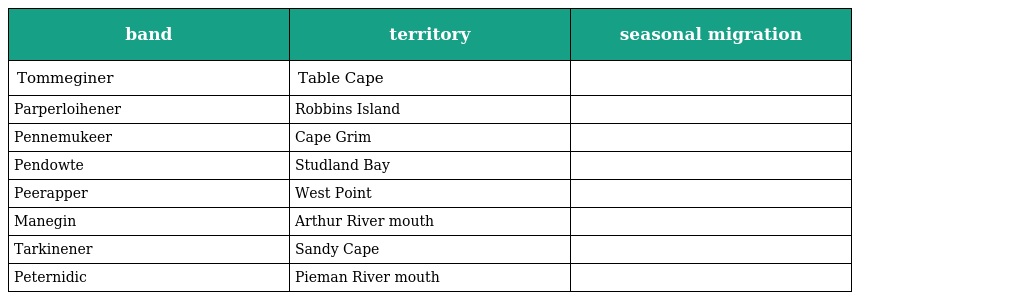
| band | territory | seasonal migration |
 | --- | --- | --- |
 | Tommeginer | Table Cape |  |
 | Parperloihener | Robbins Island |  |
 | Pennemukeer | Cape Grim |  |
 | Pendowte | Studland Bay |  |
 | Peerapper | West Point |  |
 | Manegin | Arthur River mouth |  |
 | Tarkinener | Sandy Cape |  |
 | Peternidic | Pieman River mouth |  |